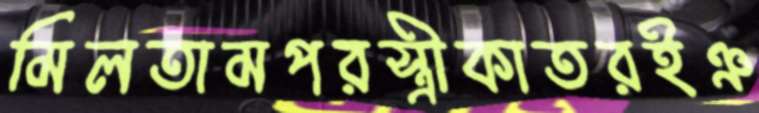
মিলতামপরস্ত্রীকাতরইঞ